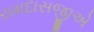
રામદાસજીએ